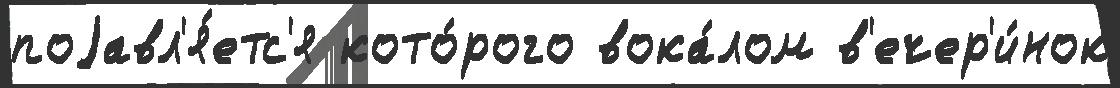
поjавл'я́етс'я кото́рого вока́лом в'ечер'и́нок